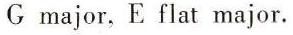
G major, E flat major.